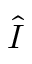
\hat { I }